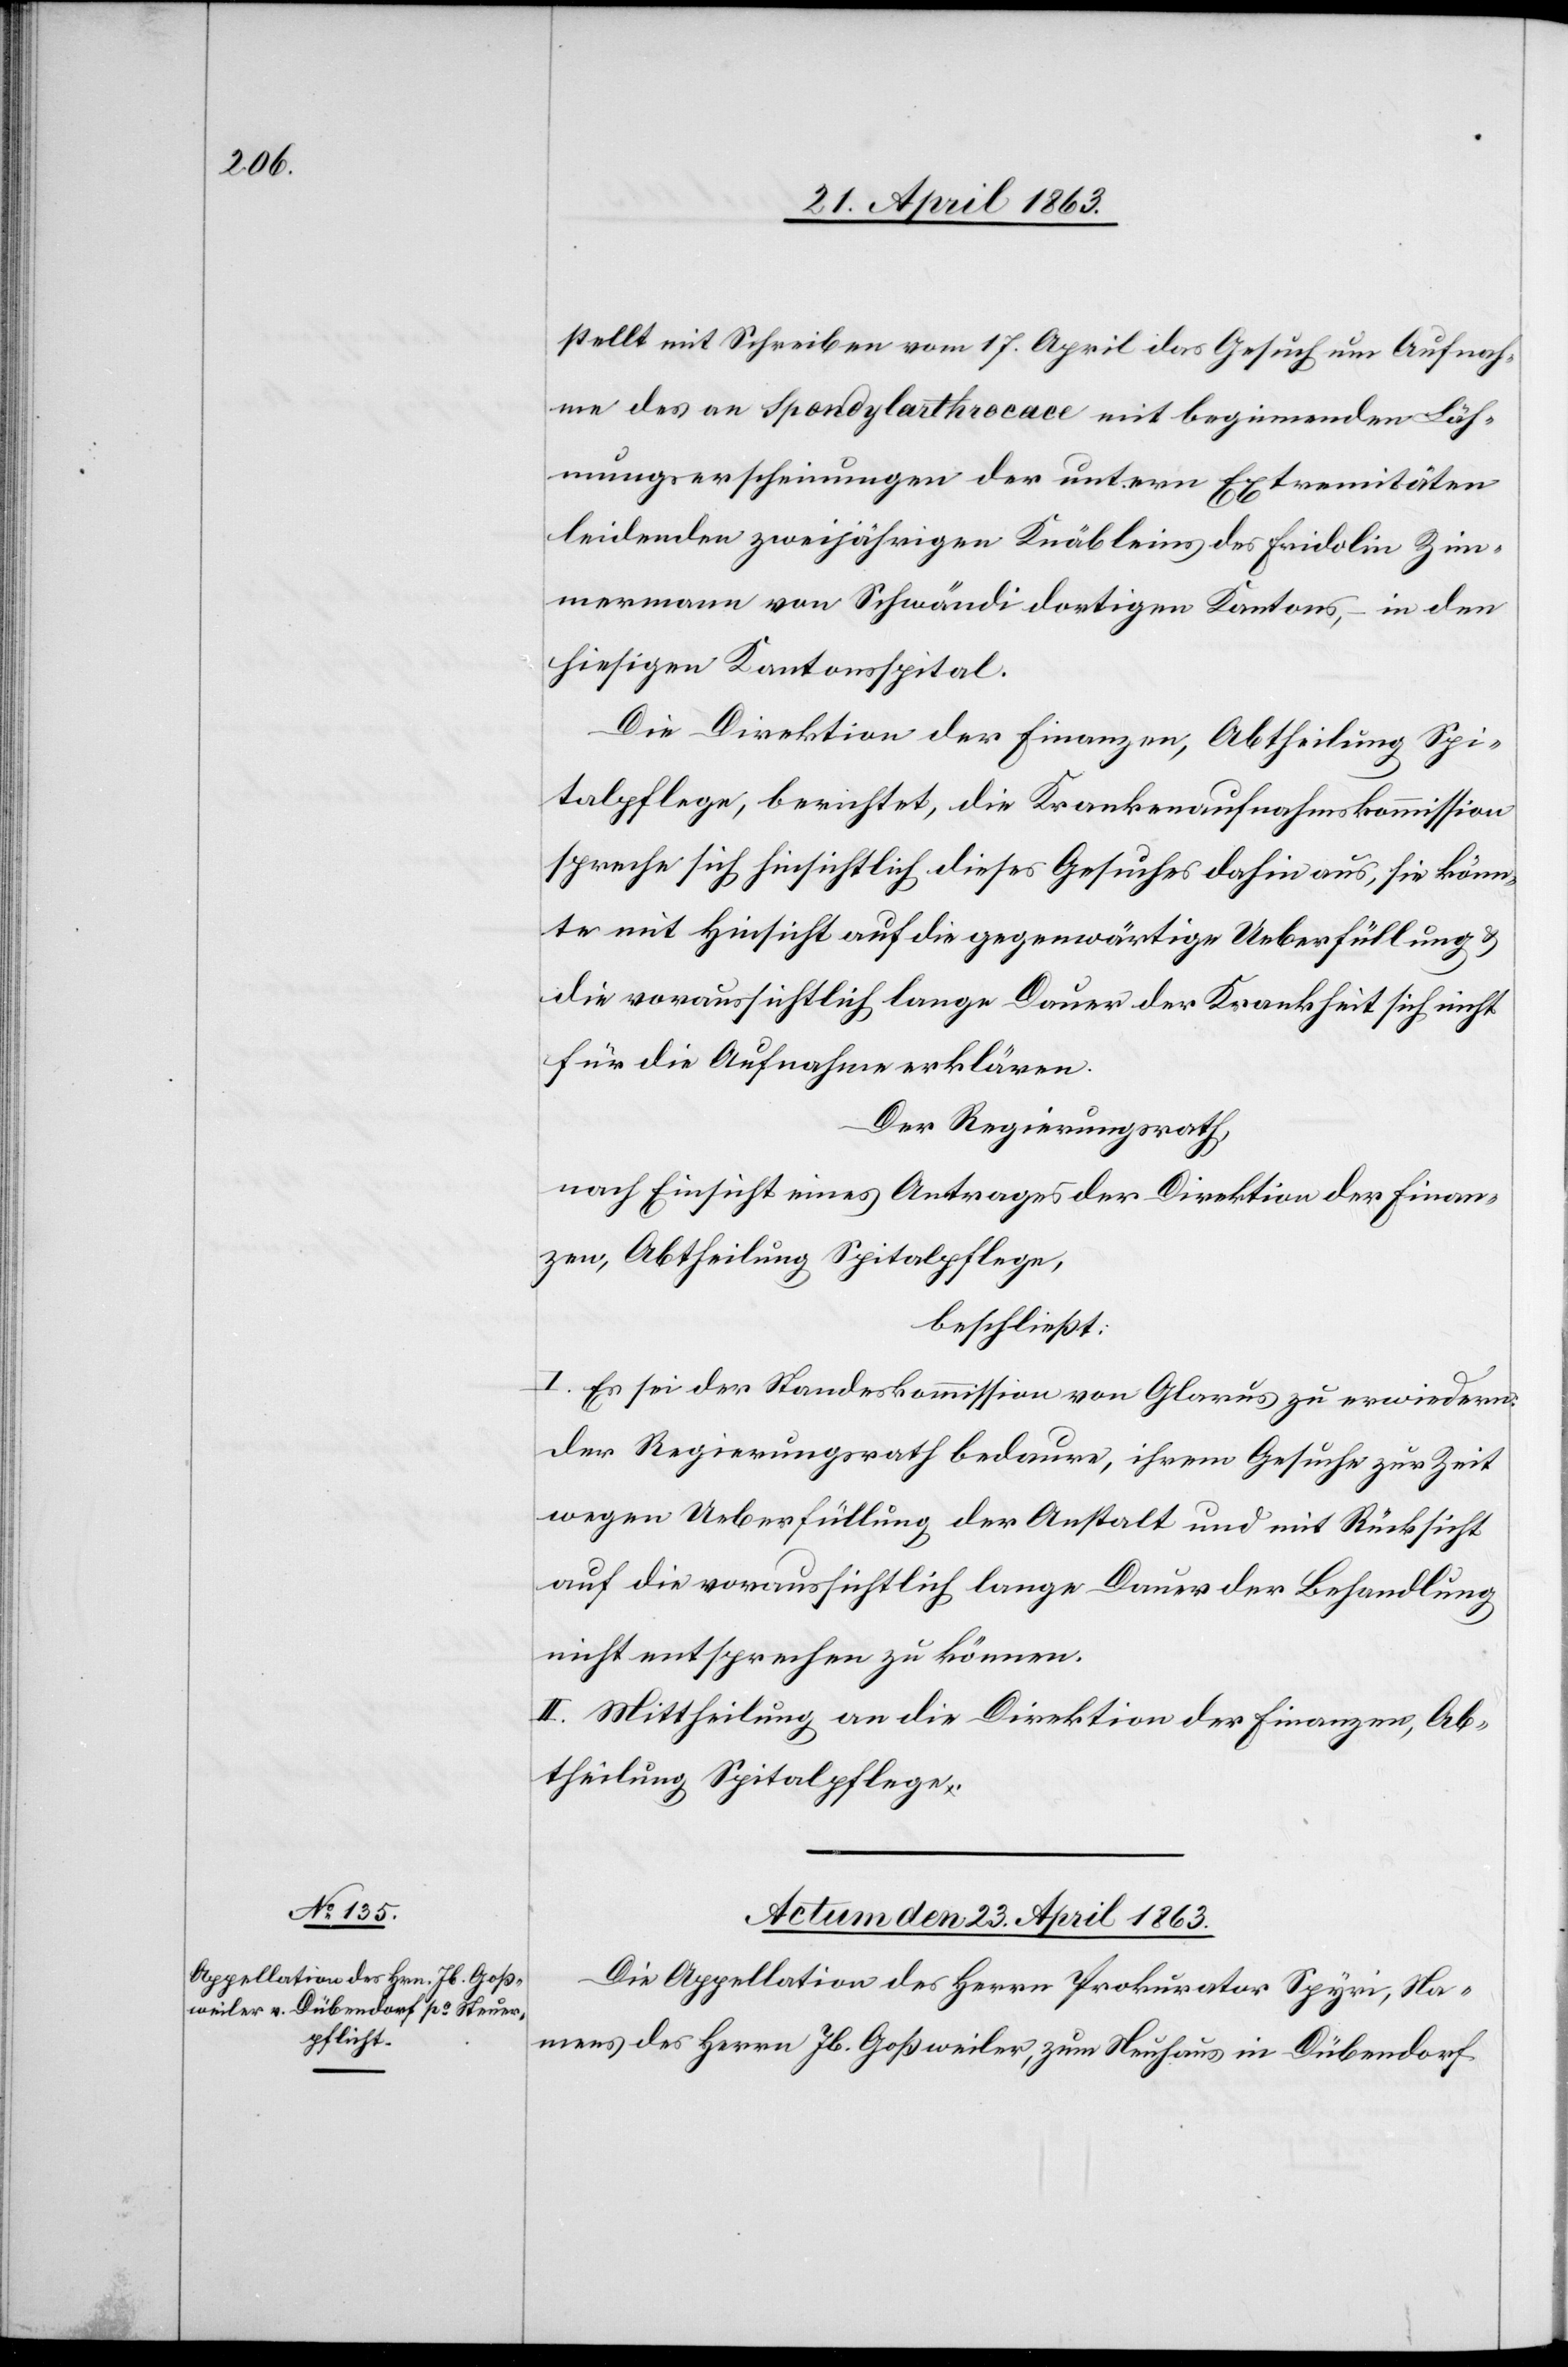
stellt mit Schreiben vom 17. April das Gesuch um Aufnah¬
me des an Spondylarthrocace mit beginnenden Läh¬
mungserscheinungen der untern Extremitäten
leidenden zweijährigen Knäbleins des Fridolin Zim¬
mermann von Schwändi dortigen Kantons, – in den
hiesigen Kantonsspital.
Die Direktion der Finanzen, Abtheilung Spi¬
talpflege, berichtet, die Krankenaufnahmskommission
spreche sich hinsichtlich dieses Gesuches dahin aus, sie könn¬
te mit Hinsicht auf die gegenwärtige Ueberfüllung &
die voraussichtlich lange Dauer der Krankheit sich nicht
für die Aufnahme erklären.
Der Regierungsrath,
nach Einsicht eines Antrages der Direktion der Finan¬
zen, Abtheilung Spitalpflege,
beschließt:
I. Es sei der Standeskommission von Glarus zu erwiedern:
Der Regierungsrath bedaure, ihrem Gesuche zur Zeit
wegen Ueberfüllung der Anstalt und mit Rücksicht
auf die voraussichtlich lange Dauer der Behandlung
nicht entsprechen zu können.
II Mittheilung an die Direktion der Finanzen, Ab¬
theilung Spitalpflege.
Actum den 23. April 1863.
Die Appellation des Herrn Prokurator Spyri, Na¬
mens des Herrn Jb. Goßweiler, zum Neuhaus in Dübendorf